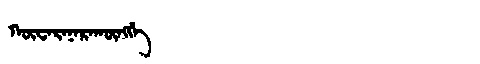
Manchu: ᡴᡡᠸᠠᡵᠠᠨᠠᡵᠠᡴᡡᠩᡤᡝ
Romanization: KŪWARANARAKŪNGGE